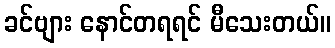
ခင်ဗျား နောင်တရရင် မီသေးတယ်။